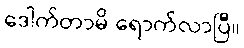
ဒေါက်တာမိ ရောက်လာပြီ။